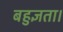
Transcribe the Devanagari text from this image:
बहुज्ञता।